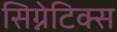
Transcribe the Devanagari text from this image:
सिग्नेटिक्स